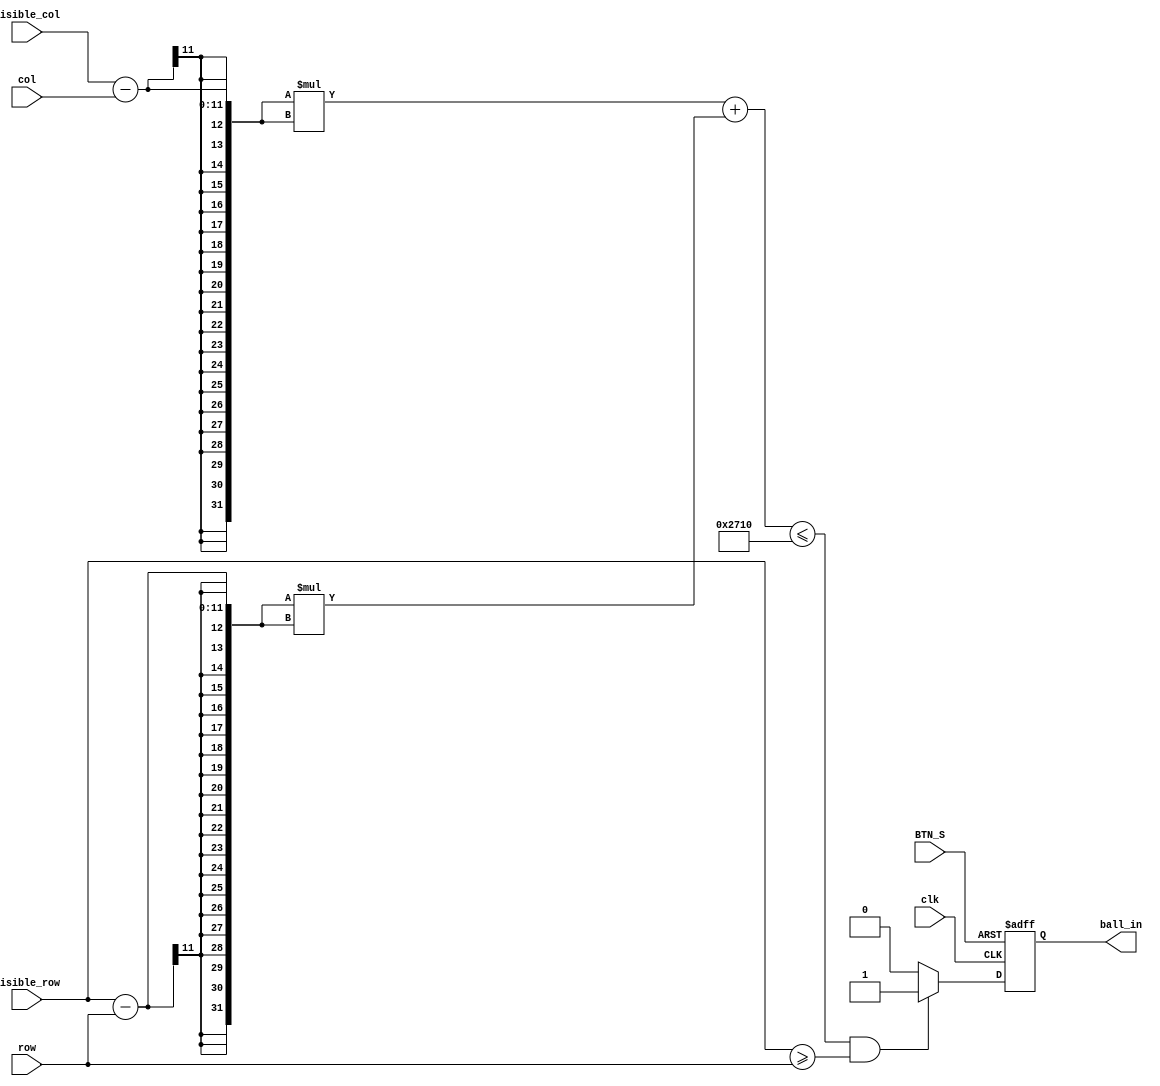
module upper_ball(ball_in,visible_col,visible_row,col,row,clk,BTN_S);

input clk,BTN_S;
input[10:0]row,col,visible_col,visible_row;
output reg ball_in;

wire upper_side,upper_in;

assign upper_in = ( ((visible_col-col)*(visible_col-col) + (visible_row-row)*(visible_row-row) <= 10000) & (visible_row >= row) );

always@(posedge clk or posedge BTN_S)begin
	if(BTN_S)ball_in<=1'b0;
	else if(upper_in)ball_in<=1'b1;
	else ball_in<=1'b0;
end

endmodule